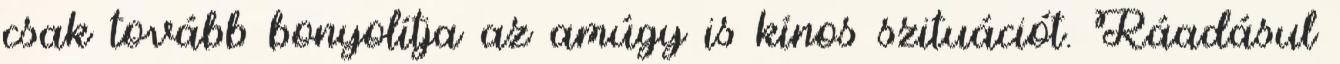
csak tovább bonyolítja az amúgy is kínos szituációt. Ráadásul